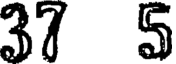
37 5